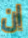
ان